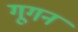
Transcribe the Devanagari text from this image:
गूगन